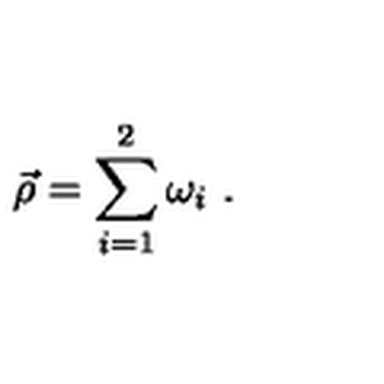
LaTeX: \vec { \rho } = \sum _ { i = 1 } ^ { 2 } \omega _ { i } \ .